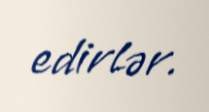
edirlər.